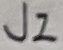
Text: J2